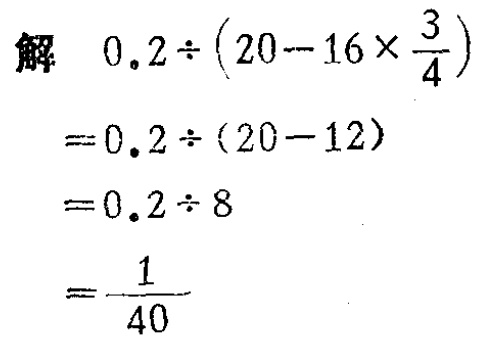
\[

\begin{align*}

&解\quad0.2\div\left(20 - 16\times\frac{3}{4}\right)\\

&=0.2\div(20 - 12)\\

&=0.2\div8\\

&=\frac{1}{40}

\end{align*}

\]